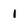
Character: 1